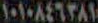
١٠١٠٨٤٦٣٨١